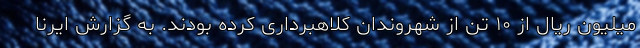
میلیون ریال از ۱۰ تن از شهروندان کلاهبرداری کرده بودند. به گزارش ایرنا